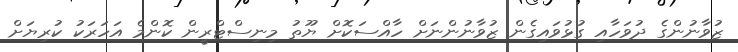
ޒުވާނުންގެ ދުވަހާއި ގުޅުވައިގެން ޒުވާނުންނަށް ހާއްސަކޮށް ޔޫތު މިނިސްޓްރީން ކޮންމެ އަހަރަކު ކުރިޔަށް